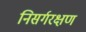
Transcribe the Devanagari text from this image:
निसर्गरक्षण